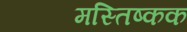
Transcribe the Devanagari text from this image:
मस्तिष्कक